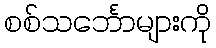
စစ်သင်္ဘောများကို